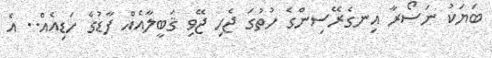
ބަޔަކު ނަސޯރާ އިނގެރޭސިންގެ ހުތުގަ ޖެހި ޖޭވި ޤަބީލާއެއް ފާޑުގެ ހަޑިއެއް.. އެ